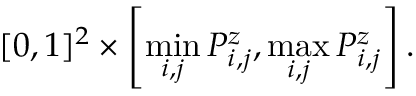
[ 0 , 1 ] ^ { 2 } \times \left[ \operatorname* { m i n } _ { i , j } P _ { i , j } ^ { z } , \operatorname* { m a x } _ { i , j } P _ { i , j } ^ { z } \right] .